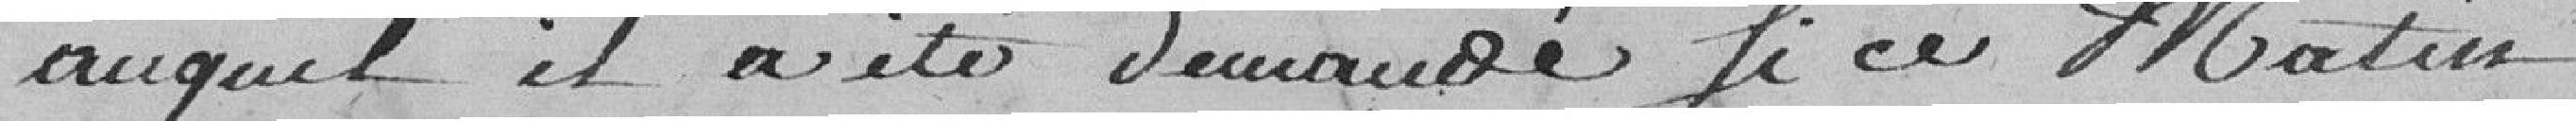
auquel il a été demandé si ce matin